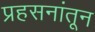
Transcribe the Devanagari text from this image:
प्रहसनांतून